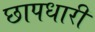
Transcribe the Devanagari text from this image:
छापधारी